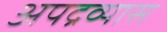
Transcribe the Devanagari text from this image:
अपद्रव्यास